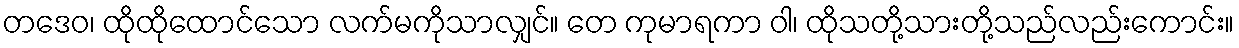
တဒေဝ၊ ထိုထိုထောင်သော လက်မကိုသာလျှင်။ တေ ကုမာရကာ ဝါ၊ ထိုသတို့သားတို့သည်လည်းကောင်း။